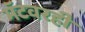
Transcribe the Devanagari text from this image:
मॅटवरही